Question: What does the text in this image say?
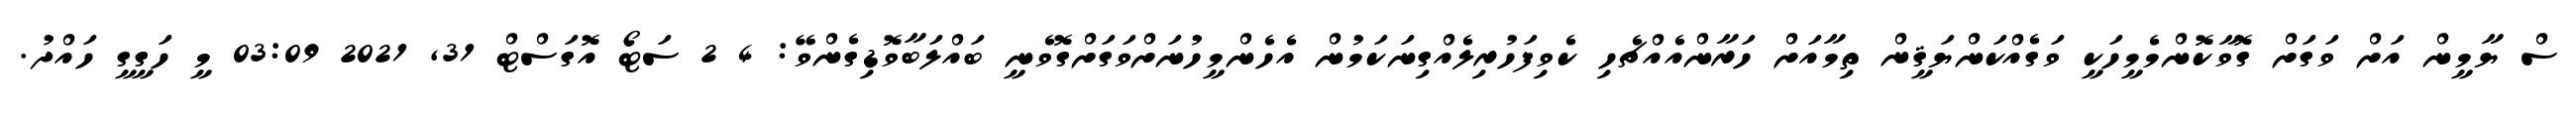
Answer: ސް ޔާމީން އަށް ވަގަށް ގޮވާކޮންމެމީހަކީ ވަގެއްކަންޔަޤީން ތިމާއަށް ހަރާންއެއްޗެހި ކެވިފަހުރިލެއްގިނަކަމުން އެހެންމީހުނަށްވަގަށްގޮވެނީ ބައްލަބާވޮޑިގެންވޭ: 4 2 ސަޓޯ އޮގަސްޓް 31, 2021 03:09 މީ ހަގީގީ ހައްދު.